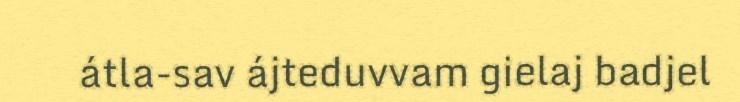
átla-sav ájteduvvam gielaj badjel